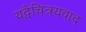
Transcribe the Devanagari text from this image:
यद्वैचित्रयवाद